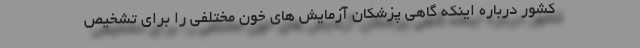
کشور درباره اینکه گاهی پزشکان آزمایش های خون مختلفی را برای تشخیص